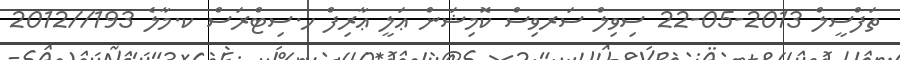
ތަފްސީލް 2013-05-22 ސިވިލް ސަރވިސް ކޮމިޝަން ޢަލީ ޢާރިފް ހ.ސިޓްރަސް ކ.މާލެ 193//2012